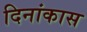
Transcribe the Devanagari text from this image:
दिनांकास